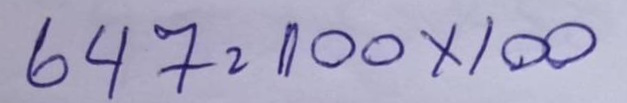
647 = 100x100